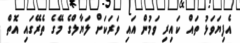
އެފިޔަވަޅު ތައް ކައިރި ވަމުން އައި ވަރަކަށް ލަޔާލްގެ މޭގެ ތެރޭގައި އޮތް